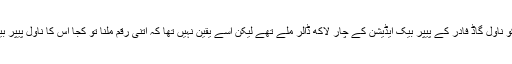
سننے میں آ رہا تھا کہ ماریو پوزو کو ناول گاڈ فادر کے پیپر بیک ایڈیشن کے چار لاکھ ڈالر ملے تھے لیکن اسے یقین نہیں تھا کہ اتنی رقم ملنا تو کجا اس کا ناول پیپر بیک ایڈیشن میں چھپے گا بھی یا نہیں۔